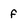
Character: f